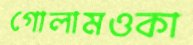
গোলামওকা